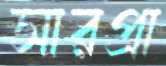
সারপ্রা